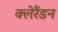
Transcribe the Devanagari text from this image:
क्लेरैंडन